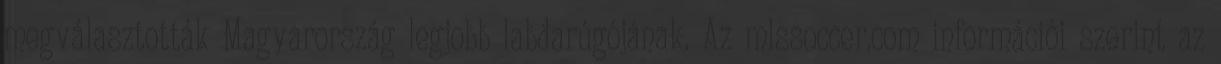
megválasztották Magyarország legjobb labdarúgójának. Az mlssoccer.com információi szerint az